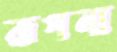
রূপনা